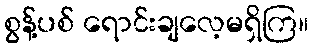
စွန့်ပစ် ရောင်းချလေ့မရှိကြ။